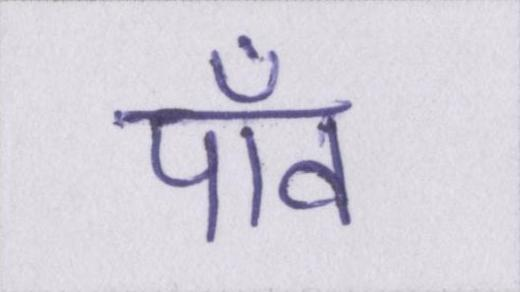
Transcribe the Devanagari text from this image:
पाँव